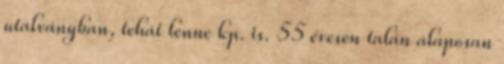
utalványban, tehát lenne kp. is. 55 évesen talán alaposan